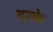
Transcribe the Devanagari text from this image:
दरके